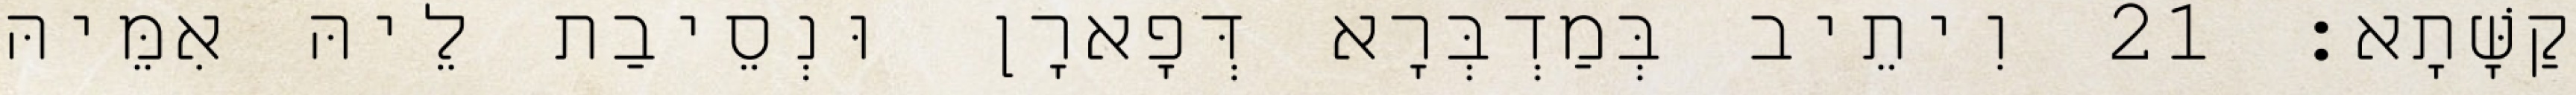
קַשָּׁתָא׃ 21 וִיתֵיב בְּמַדְבְּרָא דְּפָארָן וּנְסֵיבַת לֵיהּ אִמֵּיהּ